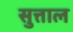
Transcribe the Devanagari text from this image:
सुत्ताल